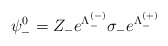
\begin{align*}\psi_-^0 = Z_-e^{\Lambda_-^{(-)}}\sigma_- e^{\Lambda_-^{(+)}}\end{align*}